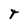
Character: t